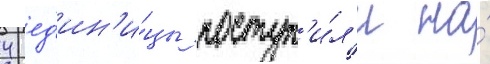
4 ед'ин'и́цы поступ'и́л'и на́